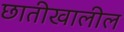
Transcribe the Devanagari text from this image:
छातीखालील